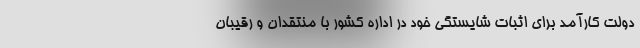
دولت کارآمد برای اثبات شایستگی خود در اداره کشور با منتقدان و رقیبان